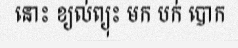
នោះ ខ្យល់ព្យុះ មក បក់ បោក